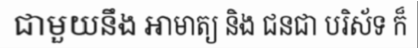
ជាមួយនឹង អាមាត្យ និង ជនជា បរិស័ទ ក៏